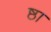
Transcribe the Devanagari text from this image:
ष्ठा